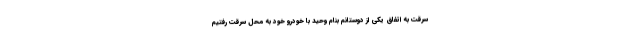
سرقت به اتفاق یکی از دوستانم بنام وحید با خودرو خود به محل سرقت رفتیم